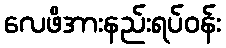
လေဖိအားနည်းရပ်ဝန်း